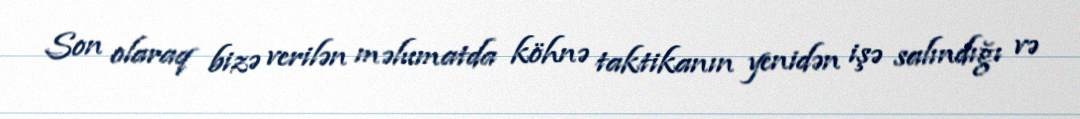
Son olaraq bizə verilən məlumatda köhnə taktikanın yenidən işə salındığı və